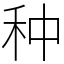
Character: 种